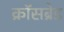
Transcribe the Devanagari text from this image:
क्रॉसब्रेड